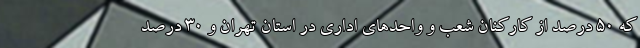
که ۵۰ درصد از کارکنان شعب و واحدهای اداری در استان تهران و ۳۰ درصد